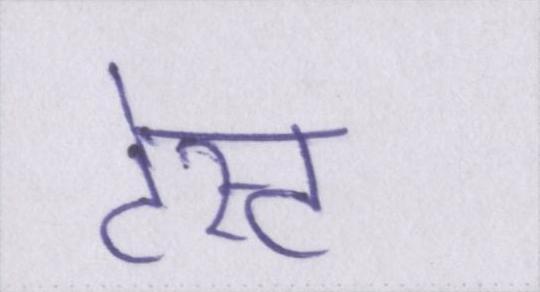
टेस्ट